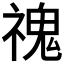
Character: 𩲡